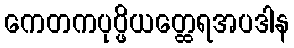
ကေတကပုပ္ဖိယတ္ထေရအပဒါန